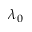
\lambda _ { 0 }